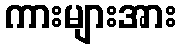
ကားများအား